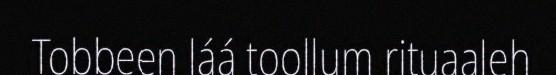
Tobbeen láá toollum rituaaleh